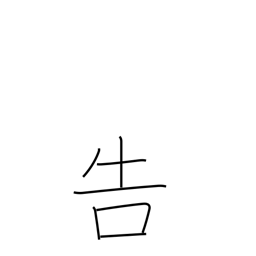
Meaning: tell